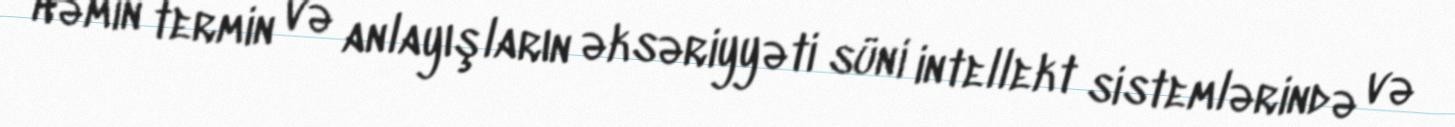
Həmin termin və anlayışların əksəriyyəti süni intellekt sistemlərində və